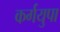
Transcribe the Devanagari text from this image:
कर्गयुपा